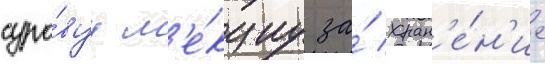
суро́вуу л'е́кциу за́ хран'е́н'ие